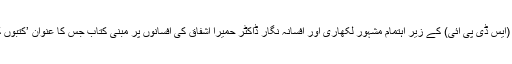
وہ ان خیالات کا اظہار پالیسی ادارہ برائے پائیدار ترقی (ایس ڈی پی آئی) کے زیر اہتمام مشہور لکھاری اور افسانہ نگار ڈاکٹر حمیرا اشفاق کی افسانوں پر مبنی کتاب جس کا عنوان ’کتبوں کے درمیان‘ کی لانچنگ کی تقریب سے کر رہی تھی ۔